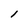
Character: l